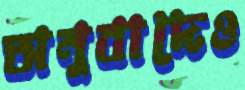
অনুবাদেও